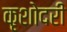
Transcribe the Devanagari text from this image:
कृशोदरी